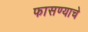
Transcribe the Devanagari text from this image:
फासण्याचे